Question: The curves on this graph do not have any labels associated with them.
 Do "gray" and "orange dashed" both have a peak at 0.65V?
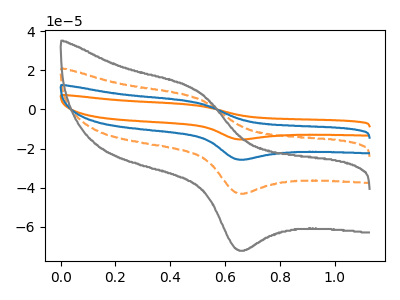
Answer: <think>The orange curve "orange" has an anodic peak at (0.50V, 17.50uA) and a cathodic peak at (0.65V, -128.60uA). The orange dashed curve "orange dashed" has an anodic peak at (0.50V, 5.85uA) and a cathodic peak at (0.65V, -42.85uA). The blue curve "blue" has an anodic peak at (0.50V, 11.65uA) and a cathodic peak at (0.65V, -85.75uA). The gray curve "gray" has an anodic peak at (0.50V, 9.75uA) and a cathodic peak at (0.65V, -71.85uA).</think>
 <answer>Yes, "gray" and "orange dashed" share a peak at 0.65V.</answer>
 <eval>match</eval>